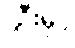
၂ဦးမှာ